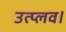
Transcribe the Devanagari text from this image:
उत्प्लव।